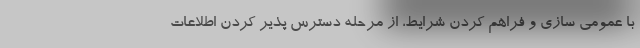
با عمومی سازی و فراهم کردن شرایط، از مرحله دسترس پذیر کردن اطلاعات